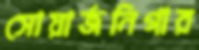
সোয়ার্জনিগার